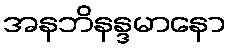
အနဘိနန္ဒမာနော